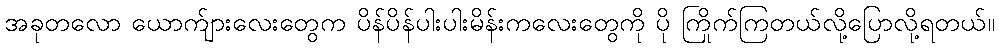
အခုတလော ယောက်ျားလေးတွေက ပိန်ပိန်ပါးပါးမိန်းကလေးတွေကို ပို ကြိုက်ကြတယ်လို့ပြောလို့ရတယ်။